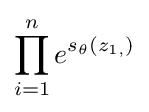
\prod _{i=1}^{n}e^{s_{\theta }(z_{1,})}